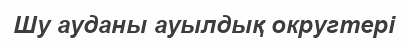
Шу ауданы ауылдық округтері